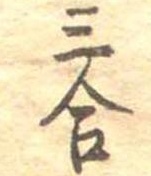
三合